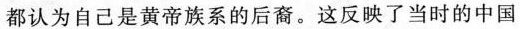
都认为自己是黄帝族系的后裔。这反映了当时的中国